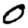
Digit: 0